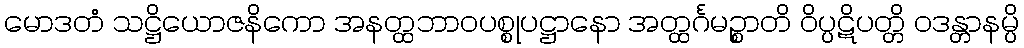
မောဒတံ သဋ္ဌိယောဇနိကော အနတ္ထဘာဝပစ္စုပဋ္ဌာနော အတ္ထင်္ဂမဉ္စာတိ ဝိပ္ပဋိပတ္တိ ဝဒန္တာနမ္ပိ